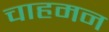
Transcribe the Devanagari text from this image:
चाहमन